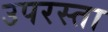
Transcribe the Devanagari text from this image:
उपरस्ता